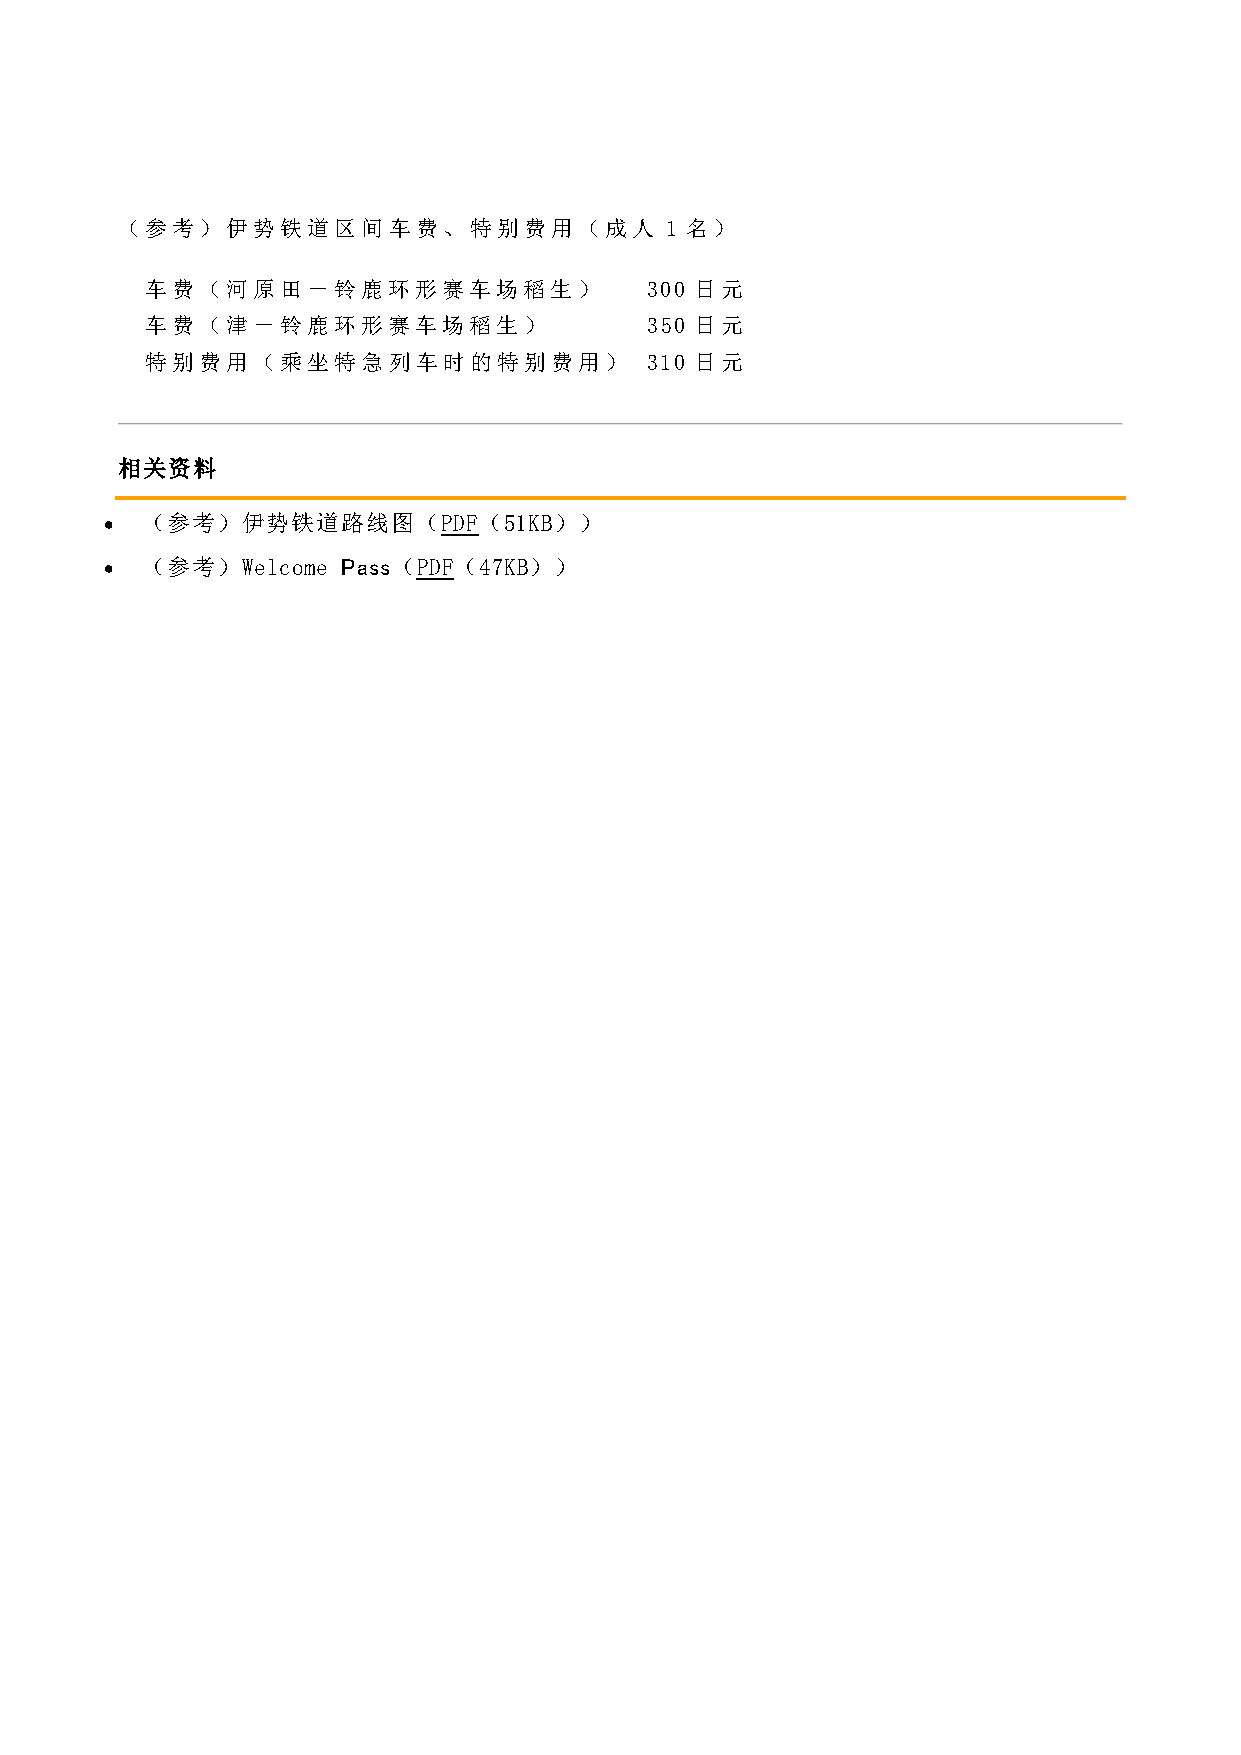
（参考）伊势铁道区间车费、特别费用（成人                1 名）
 车费（河原田－铃鹿环形赛车场稻生）                300 日元
 车费（津－铃鹿环形赛车场稻生）                  350 日元
 特别费用（乘坐特急列车时的特别费用）               310 日元
 相关资料
  （参考）伊势铁道路线图（PDF（51KB））
  （参考）Welcome   Pass（PDF（47KB））